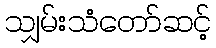
သျှမ်းသံတော်ဆင့်